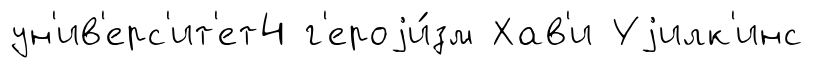
ун'ив'ерс'ит'ет4 г'ероjи́зм Хав'и Уjилк'инс